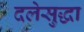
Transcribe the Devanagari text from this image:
दलेसुद्धा